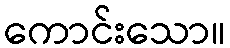
ကောင်းသော။